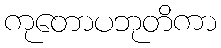
ကုတောပဘုတိကာ